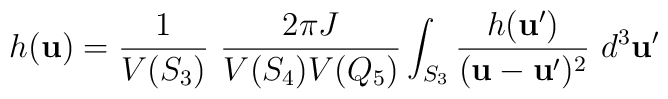
h({\bf u}) = \frac{1}{V(S_3)} \ \frac{2\pi J}{V(S_4)V(Q_5)}\int_{S_3} \frac{h({\bf u}')}{({\bf u}-{\bf u}')^2} \ d^3{\bf u}'